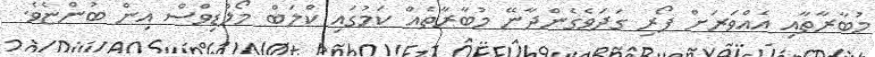
މުބާރާތާއި އެއްވަރަށް ފޯރި ގަދަވެގެންދާނޭ މުބާރާތެއް ކަމުގައި ކްލަބް މޯލްޑިވްސް އިން ބުންޏެވެ.